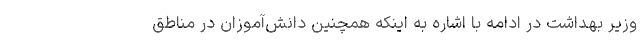
وزیر بهداشت در ادامه با اشاره به اینکه همچنین دانش‌آموزان در مناطق